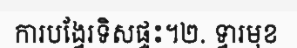
ការបង្វែរទិសផ្ទះ។២. ទ្វារមុខ